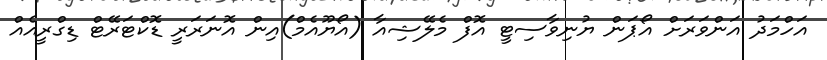
އަހްމަދު އަންވަރަށް އޯޕަން ޔުނިވާސިޓީ އޮފް މެލޭޝިއާ (އޯޔޫއެމް)އިން އޮނަރަރީ ޑޮކްޓަރޭޓް ޑިގްރީއެއް